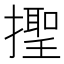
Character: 𢶫